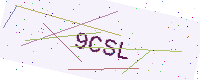
Text: 9CSL